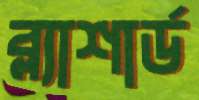
ব্ল্যাশার্ড